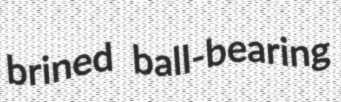
brined ball-bearing